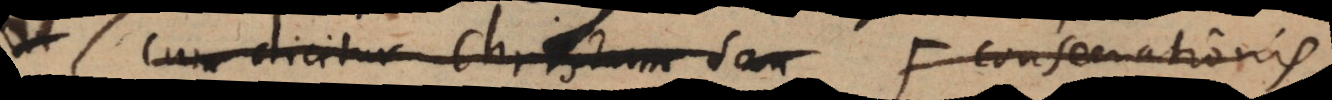
Cum dicitur Christum san (: Consecrationis